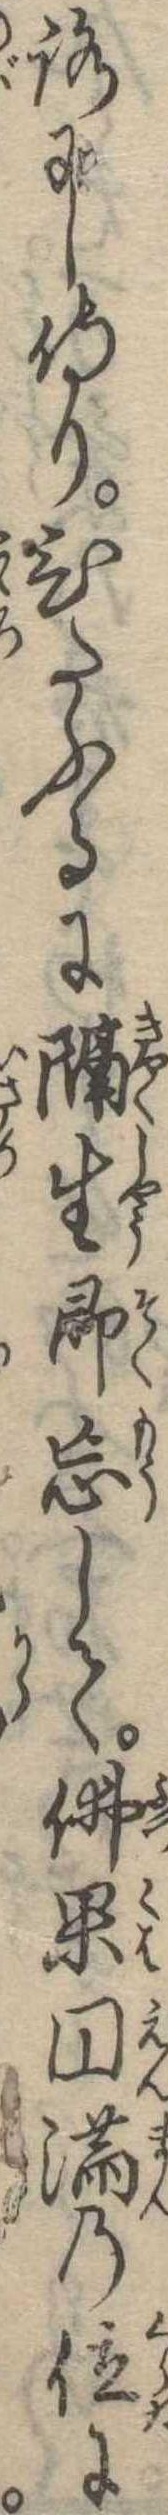
ろにし侍りひたぶるに隔生即忘して仏果円満の位に